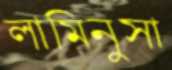
লামিনুসা